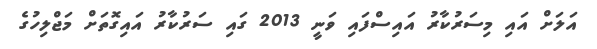
އަލަށް އައި މިސަރުކާރު އައިސްފައި ވަނީ 2013 ގައި ސަރުކާރު އައިގޮތަށް މަޖްލިހުގެ